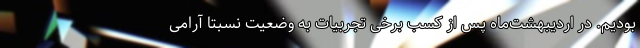
بودیم. در اردیبهشت‌ماه پس از کسب برخی تجربیات به وضعیت نسبتاً آرامی